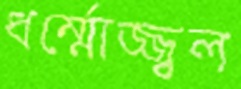
ধর্ম্মোজ্জ্বল